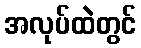
အလုပ်ထဲတွင်